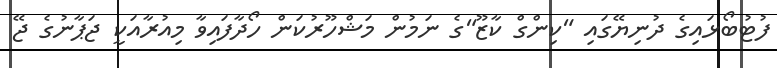
ފުޓުބޯޅައިގެ ދުނިޔޭގައި "ކިންގް ކާޒޫ"ގެ ނަމުން މަޝްހޫރުކަން ހޯދާފައިވާ މިއުރާއަކީ ޖަޕާނުގެ ޖޭ